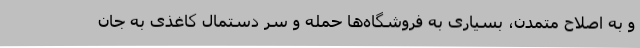
و به اصلاح متمدن، بسیاری به فروشگاه‌ها حمله و سر دستمال کاغذی به جان